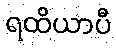
ရထိယာပီ